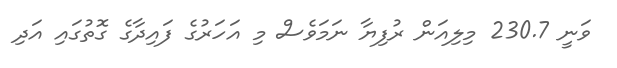
ވަނީ 230.7 މިލިއަން ރުފިޔާ ނަމަވެސް މި އަހަރުގެ ފައިދާގެ ގޮތުގައި އަދި